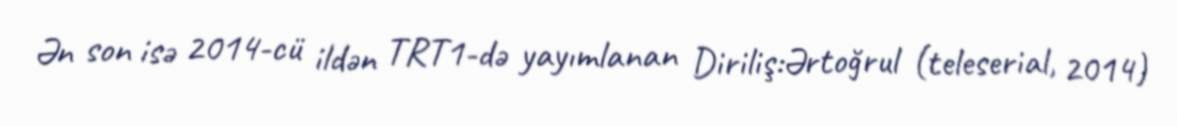
Ən son isə 2014-cü ildən TRT1-də yayımlanan Diriliş:Ərtoğrul (teleserial, 2014)